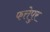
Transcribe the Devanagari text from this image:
फत्तेपुर